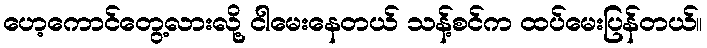
ဟေ့ကောင်တွေ့လားလို့ ငါမေးနေတယ် သန့်စင်က ထပ်မေးပြန်တယ်။